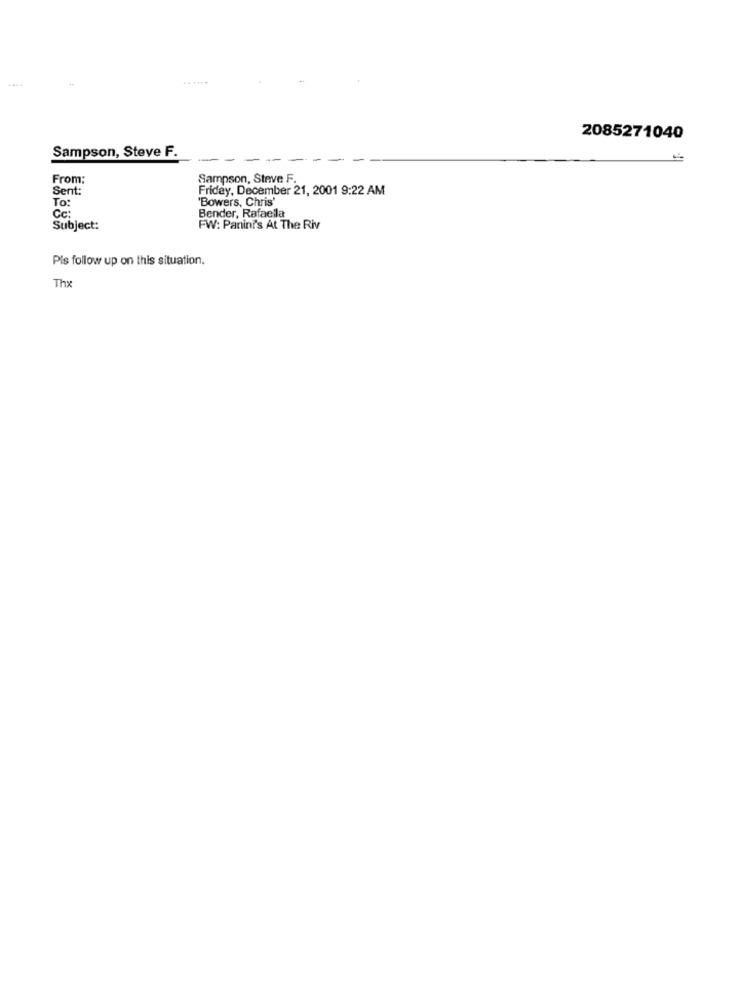
2085271040
Sampson, Steve F.
From:
Sampson, Steve F.
Sent:
Friday, December 21, 2001 9:22 AM
To:
'Bowers, Chris'
Cc:
Bender, Rafaella
Subject:
FW: Panini's At The Riv
Pis follow up on this situation.
Thx